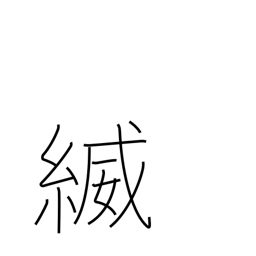
Meaning: the thread/braid (of armour)